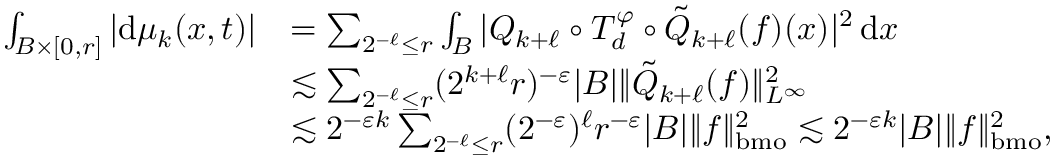
\begin{array} { r l } { ∫ _ { B × [ 0 , r ] } | \mathrm d μ _ { k } ( x , t ) | } & { = ∑ _ { 2 ^ { - ℓ } ≤ r } ∫ _ { B } | Q _ { k + ℓ } ∘ T _ { d } ^ { φ } ∘ \tilde { Q } _ { k + ℓ } ( f ) ( x ) | ^ { 2 } \, \mathrm { d } x } \\ & { \lesssim ∑ _ { 2 ^ { - ℓ } ≤ r } ( 2 ^ { k + ℓ } r ) ^ { - ε } | B | \| \tilde { Q } _ { k + ℓ } ( f ) \| _ { L ^ { ∞ } } ^ { 2 } } \\ & { \lesssim 2 ^ { - ε k } ∑ _ { 2 ^ { - ℓ } ≤ r } ( 2 ^ { - ε } ) ^ { ℓ } r ^ { - ε } | B | \| f \| _ { \mathrm { b m o } } ^ { 2 } \lesssim 2 ^ { - ε k } | B | \| f \| _ { \mathrm { b m o } } ^ { 2 } , } \end{array}